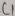
Text: C1